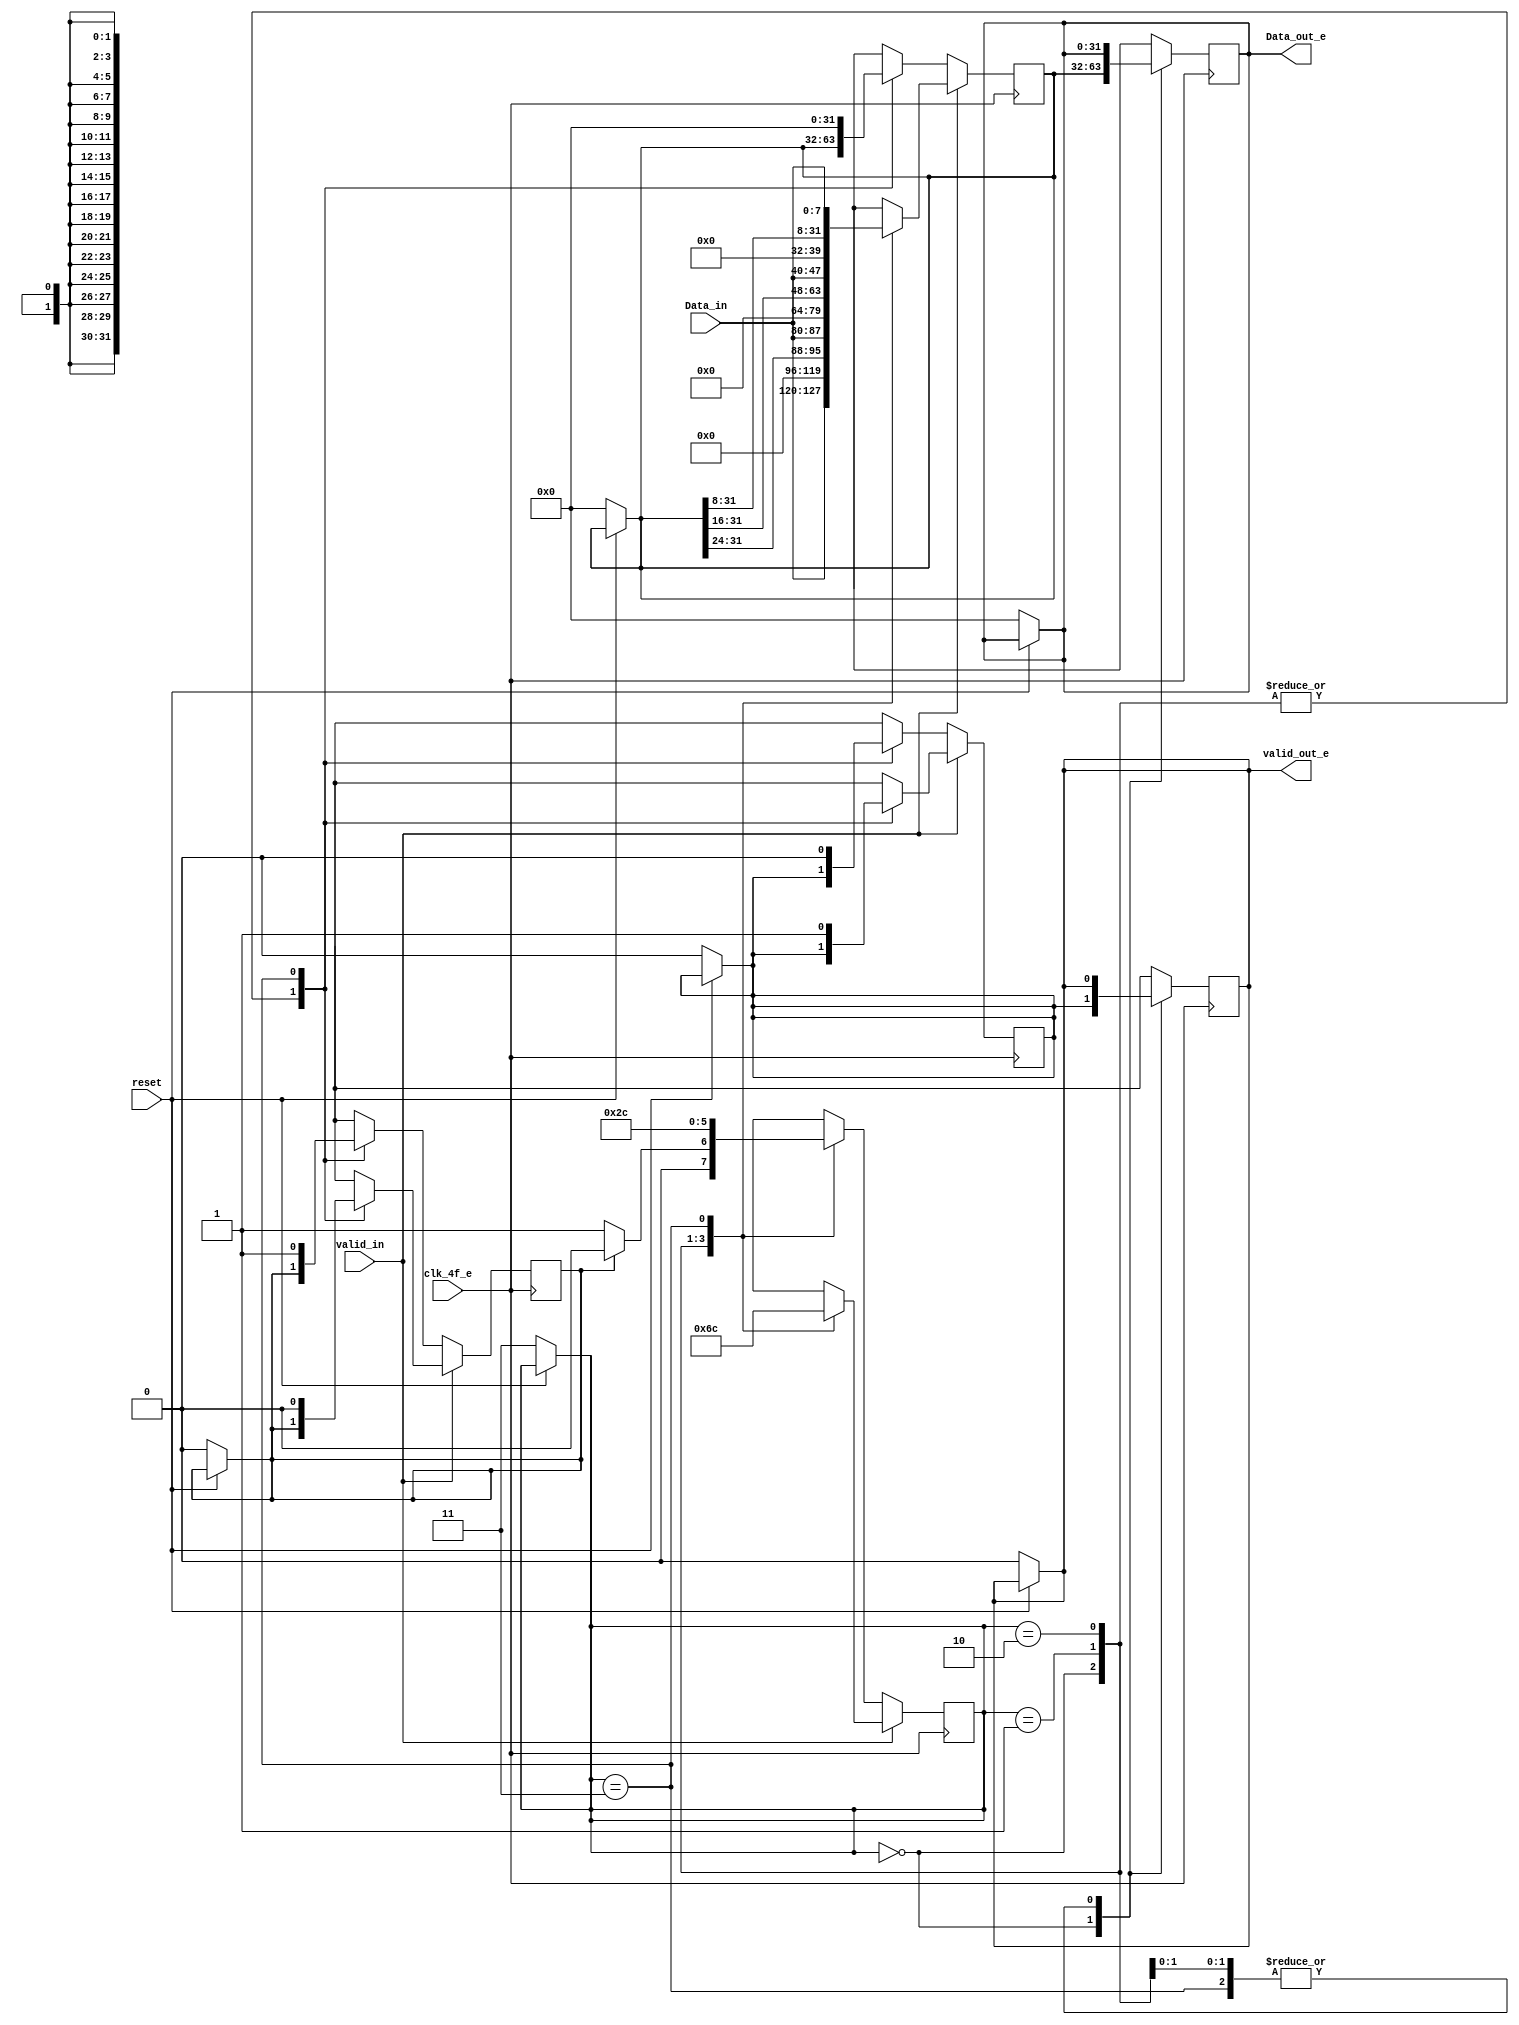
/* Generated by Yosys 0.9 (git sha1 1979e0b) */

(* src = "bits8_32word_e.v:1" *)
module bits8_32word_e(clk_4f_e, reset, valid_in, Data_in, valid_out_e, Data_out_e);
  (* src = "bits8_32word_e.v:14" *)
  reg [31:0] _00_;
  (* src = "bits8_32word_e.v:14" *)
  reg [1:0] _01_;
  (* src = "bits8_32word_e.v:14" *)
  reg _02_;
  (* src = "bits8_32word_e.v:14" *)
  reg [31:0] _03_;
  (* src = "bits8_32word_e.v:14" *)
  reg _04_;
  (* src = "bits8_32word_e.v:14" *)
  reg _05_;
  (* src = "bits8_32word_e.v:25" *)
  reg [31:0] _06_;
  (* src = "bits8_32word_e.v:25" *)
  reg [1:0] _07_;
  (* src = "bits8_32word_e.v:25" *)
  reg _08_;
  (* src = "bits8_32word_e.v:25" *)
  reg [31:0] _09_;
  (* src = "bits8_32word_e.v:25" *)
  reg _10_;
  (* src = "bits8_32word_e.v:25" *)
  reg _11_;
  (* src = "bits8_32word_e.v:15" *)
  wire _12_;
  (* src = "bits8_32word_e.v:5" *)
  input [7:0] Data_in;
  (* src = "bits8_32word_e.v:7" *)
  output [31:0] Data_out_e;
  reg [31:0] Data_out_e;
  (* src = "bits8_32word_e.v:2" *)
  input clk_4f_e;
  (* src = "bits8_32word_e.v:9" *)
  reg [1:0] contador;
  (* src = "bits8_32word_e.v:12" *)
  reg down;
  (* src = "bits8_32word_e.v:10" *)
  reg [31:0] memoria;
  (* src = "bits8_32word_e.v:3" *)
  input reset;
  (* src = "bits8_32word_e.v:11" *)
  reg valid;
  (* src = "bits8_32word_e.v:4" *)
  input valid_in;
  (* src = "bits8_32word_e.v:6" *)
  output valid_out_e;
  reg valid_out_e;
  assign _12_ = ~(* src = "bits8_32word_e.v:15" *) reset;
  always @* begin
    _01_ = contador;
    _05_ = valid_out_e;
    _00_ = Data_out_e;
    _04_ = valid;
    _02_ = down;
    _03_ = memoria;
    (* src = "bits8_32word_e.v:15" *)
    casez (_12_)
      /* src = "bits8_32word_e.v:15" */
      1'h1:
        begin
          _05_ = 1'h0;
          _00_ = 32'd0;
          _01_ = 2'h3;
          _03_ = 32'd0;
          _04_ = 1'h0;
          _02_ = 1'h0;
        end
      default:
          /* empty */;
    endcase
  end
  always @* begin
      contador <= _01_;
      valid_out_e <= _05_;
      Data_out_e <= _00_;
      valid <= _04_;
      down <= _02_;
      memoria <= _03_;
  end
  always @* begin
    _07_ = contador;
    _11_ = valid_out_e;
    _06_ = Data_out_e;
    _10_ = valid;
    _08_ = down;
    _09_ = memoria;
    (* src = "bits8_32word_e.v:26" *)
    casez (valid_in)
      /* src = "bits8_32word_e.v:26" */
      1'h1:
          (* src = "bits8_32word_e.v:27" *)
          casez (contador)
            /* src = "bits8_32word_e.v:28" */
            2'h0:
              begin
                _11_ = valid;
                _06_ = memoria;
                _09_ = { Data_in, 24'h000000 };
                _07_ = 2'h1;
              end
            /* src = "bits8_32word_e.v:35" */
            2'h1:
              begin
                _09_ = { memoria[31:24], Data_in, 16'h0000 };
                _07_ = 2'h2;
              end
            /* src = "bits8_32word_e.v:40" */
            2'h2:
              begin
                _09_ = { memoria[31:16], Data_in, 8'h00 };
                _07_ = 2'h3;
              end
            /* src = "bits8_32word_e.v:45" */
            2'h3:
              begin
                _09_ = { memoria[31:8], Data_in };
                _10_ = 1'h1;
                _07_ = 2'h0;
                _08_ = 1'h0;
              end
            default:
                /* empty */;
          endcase
      /* src = "bits8_32word_e.v:54" */
      default:
          (* src = "bits8_32word_e.v:55" *)
          casez (contador)
            /* src = "bits8_32word_e.v:56" */
            2'h0:
              begin
                _11_ = valid;
                _06_ = memoria;
                (* src = "bits8_32word_e.v:60" *)
                casez (down)
                  /* src = "bits8_32word_e.v:60" */
                  1'h1:
                      _07_ = 2'h0;
                  /* src = "bits8_32word_e.v:61" */
                  default:
                      _07_ = 2'h1;
                endcase
              end
            /* src = "bits8_32word_e.v:63" */
            2'h1:
                _07_ = 2'h2;
            /* src = "bits8_32word_e.v:64" */
            2'h2:
                _07_ = 2'h3;
            /* src = "bits8_32word_e.v:65" */
            2'h3:
              begin
                _09_ = 32'd0;
                _10_ = 1'h0;
                _07_ = 2'h0;
                _08_ = 1'h1;
              end
            default:
                /* empty */;
          endcase
    endcase
  end
  always @(posedge clk_4f_e) begin
      contador <= _07_;
      valid_out_e <= _11_;
      Data_out_e <= _06_;
      valid <= _10_;
      down <= _08_;
      memoria <= _09_;
  end
endmodule

(* src = "byte_striping_e.v:1" *)
module byte_striping_e(clk_2f_e, reset, valid_in, Data_in, valid_0_c, lane_0_c, valid_1_c, lane_1_c);
  (* src = "byte_striping_e.v:13" *)
  reg _00_;
  (* src = "byte_striping_e.v:13" *)
  reg [31:0] _01_;
  (* src = "byte_striping_e.v:13" *)
  reg [31:0] _02_;
  (* src = "byte_striping_e.v:13" *)
  reg _03_;
  (* src = "byte_striping_e.v:13" *)
  reg _04_;
  (* src = "byte_striping_e.v:23" *)
  reg _05_;
  (* src = "byte_striping_e.v:23" *)
  reg [31:0] _06_;
  (* src = "byte_striping_e.v:23" *)
  reg [31:0] _07_;
  (* src = "byte_striping_e.v:23" *)
  reg _08_;
  (* src = "byte_striping_e.v:23" *)
  reg _09_;
  (* src = "byte_striping_e.v:14" *)
  wire _10_;
  (* src = "byte_striping_e.v:43" *)
  wire _11_;
  (* src = "byte_striping_e.v:5" *)
  input [31:0] Data_in;
  (* src = "byte_striping_e.v:2" *)
  input clk_2f_e;
  (* src = "byte_striping_e.v:11" *)
  reg contador;
  (* src = "byte_striping_e.v:7" *)
  output [31:0] lane_0_c;
  reg [31:0] lane_0_c;
  (* src = "byte_striping_e.v:9" *)
  output [31:0] lane_1_c;
  reg [31:0] lane_1_c;
  (* src = "byte_striping_e.v:3" *)
  input reset;
  (* src = "byte_striping_e.v:6" *)
  output valid_0_c;
  reg valid_0_c;
  (* src = "byte_striping_e.v:8" *)
  output valid_1_c;
  reg valid_1_c;
  (* src = "byte_striping_e.v:4" *)
  input valid_in;
  assign _10_ = ~(* src = "byte_striping_e.v:14" *) reset;
  assign _11_ = ~(* src = "byte_striping_e.v:43" *) valid_0_c;
  always @* begin
    _04_ = valid_1_c;
    _02_ = lane_1_c;
    _00_ = contador;
    _03_ = valid_0_c;
    _01_ = lane_0_c;
    (* src = "byte_striping_e.v:14" *)
    casez (_10_)
      /* src = "byte_striping_e.v:14" */
      1'h1:
        begin
          _03_ = 1'h0;
          _01_ = 32'd0;
          _04_ = 1'h0;
          _02_ = 32'd0;
          _00_ = 1'h0;
        end
      default:
          /* empty */;
    endcase
  end
  always @* begin
      valid_1_c <= _04_;
      lane_1_c <= _02_;
      contador <= _00_;
      valid_0_c <= _03_;
      lane_0_c <= _01_;
  end
  always @* begin
    _09_ = valid_1_c;
    _07_ = lane_1_c;
    _05_ = contador;
    _08_ = valid_0_c;
    _06_ = lane_0_c;
    (* src = "byte_striping_e.v:24" *)
    casez (valid_in)
      /* src = "byte_striping_e.v:24" */
      1'h1:
          (* src = "byte_striping_e.v:25" *)
          casez (contador)
            /* src = "byte_striping_e.v:26" */
            1'h0:
              begin
                _05_ = 1'h1;
                _06_ = Data_in;
                _08_ = 1'h1;
              end
            /* src = "byte_striping_e.v:32" */
            1'h1:
              begin
                _05_ = 1'h0;
                _07_ = Data_in;
                _09_ = 1'h1;
              end
            default:
                /* empty */;
          endcase
      /* src = "byte_striping_e.v:40" */
      default:
        begin
          _08_ = 1'h0;
          _06_ = 32'd0;
          (* src = "byte_striping_e.v:43" *)
          casez (_11_)
            /* src = "byte_striping_e.v:43" */
            1'h1:
              begin
                _07_ = 32'd0;
                _09_ = 1'h0;
              end
            default:
                /* empty */;
          endcase
        end
    endcase
  end
  always @(posedge clk_2f_e) begin
      valid_1_c <= _09_;
      lane_1_c <= _07_;
      contador <= _05_;
      valid_0_c <= _08_;
      lane_0_c <= _06_;
  end
endmodule

(* src = "byte_un_striping_e.v:1" *)
module byte_un_striping_e(clk_2f_e, reset, valid_0, lane_0, valid_1, lane_1, valid_out_e, Data_out_e);
  (* src = "byte_un_striping_e.v:13" *)
  reg [31:0] _0_;
  (* src = "byte_un_striping_e.v:13" *)
  reg _1_;
  (* src = "byte_un_striping_e.v:13" *)
  reg _2_;
  (* src = "byte_un_striping_e.v:21" *)
  reg [31:0] _3_;
  (* src = "byte_un_striping_e.v:21" *)
  reg _4_;
  (* src = "byte_un_striping_e.v:21" *)
  reg _5_;
  (* src = "byte_un_striping_e.v:14" *)
  wire _6_;
  (* src = "byte_un_striping_e.v:9" *)
  output [31:0] Data_out_e;
  reg [31:0] Data_out_e;
  (* src = "byte_un_striping_e.v:2" *)
  input clk_2f_e;
  (* src = "byte_un_striping_e.v:11" *)
  reg contador;
  (* src = "byte_un_striping_e.v:5" *)
  input [31:0] lane_0;
  (* src = "byte_un_striping_e.v:7" *)
  input [31:0] lane_1;
  (* src = "byte_un_striping_e.v:3" *)
  input reset;
  (* src = "byte_un_striping_e.v:4" *)
  input valid_0;
  (* src = "byte_un_striping_e.v:6" *)
  input valid_1;
  (* src = "byte_un_striping_e.v:8" *)
  output valid_out_e;
  reg valid_out_e;
  assign _6_ = ~(* src = "byte_un_striping_e.v:14" *) reset;
  always @* begin
    _1_ = contador;
    _2_ = valid_out_e;
    _0_ = Data_out_e;
    (* src = "byte_un_striping_e.v:14" *)
    casez (_6_)
      /* src = "byte_un_striping_e.v:14" */
      1'h1:
        begin
          _2_ = 1'h0;
          _0_ = 32'd0;
          _1_ = 1'h1;
        end
      default:
          /* empty */;
    endcase
  end
  always @* begin
      contador <= _1_;
      valid_out_e <= _2_;
      Data_out_e <= _0_;
  end
  always @* begin
    _4_ = contador;
    _5_ = valid_out_e;
    _3_ = Data_out_e;
    (* src = "byte_un_striping_e.v:22" *)
    casez (contador)
      /* src = "byte_un_striping_e.v:23" */
      1'h0:
          (* src = "byte_un_striping_e.v:25" *)
          casez (valid_0)
            /* src = "byte_un_striping_e.v:25" */
            1'h1:
              begin
                _4_ = 1'h1;
                _5_ = 1'h1;
                _3_ = lane_0;
              end
            /* src = "byte_un_striping_e.v:30" */
            default:
              begin
                _4_ = 1'h1;
                _5_ = 1'h0;
                _3_ = 32'd0;
              end
          endcase
      /* src = "byte_un_striping_e.v:36" */
      1'h1:
          (* src = "byte_un_striping_e.v:38" *)
          casez (valid_1)
            /* src = "byte_un_striping_e.v:38" */
            1'h1:
              begin
                _4_ = 1'h0;
                _5_ = 1'h1;
                _3_ = lane_1;
              end
            /* src = "byte_un_striping_e.v:43" */
            default:
              begin
                _4_ = 1'h0;
                _5_ = 1'h0;
                _3_ = 32'd0;
              end
          endcase
      default:
          /* empty */;
    endcase
  end
  always @(posedge clk_2f_e) begin
      contador <= _4_;
      valid_out_e <= _5_;
      Data_out_e <= _3_;
  end
endmodule

(* src = "clk_generator_e.v:1" *)
module clk_generator_e(clk_32f, reset, clk_4f_e, clk_2f_e, clk_f_c);
  (* src = "clk_generator_e.v:12" *)
  reg _00_;
  (* src = "clk_generator_e.v:12" *)
  reg _01_;
  (* src = "clk_generator_e.v:12" *)
  reg _02_;
  (* src = "clk_generator_e.v:12" *)
  reg [3:0] _03_;
  (* src = "clk_generator_e.v:12" *)
  reg [2:0] _04_;
  (* src = "clk_generator_e.v:12" *)
  reg [1:0] _05_;
  (* src = "clk_generator_e.v:23" *)
  reg _06_;
  (* src = "clk_generator_e.v:23" *)
  reg _07_;
  (* src = "clk_generator_e.v:23" *)
  reg _08_;
  (* src = "clk_generator_e.v:23" *)
  reg [3:0] _09_;
  (* src = "clk_generator_e.v:23" *)
  reg [2:0] _10_;
  (* src = "clk_generator_e.v:23" *)
  reg [1:0] _11_;
  (* src = "clk_generator_e.v:13" *)
  wire _12_;
  (* src = "clk_generator_e.v:5" *)
  output clk_2f_e;
  reg clk_2f_e;
  (* src = "clk_generator_e.v:2" *)
  input clk_32f;
  (* src = "clk_generator_e.v:4" *)
  output clk_4f_e;
  reg clk_4f_e;
  (* src = "clk_generator_e.v:6" *)
  output clk_f_c;
  reg clk_f_c;
  (* src = "clk_generator_e.v:10" *)
  reg [3:0] conteo;
  (* src = "clk_generator_e.v:9" *)
  reg [2:0] conteo_2;
  (* src = "clk_generator_e.v:8" *)
  reg [1:0] conteo_4;
  (* src = "clk_generator_e.v:3" *)
  input reset;
  assign _12_ = ~(* src = "clk_generator_e.v:13" *) reset;
  always @* begin
    _00_ = clk_2f_e;
    _01_ = clk_4f_e;
    _02_ = clk_f_c;
    _05_ = conteo_4;
    _04_ = conteo_2;
    _03_ = conteo;
    (* src = "clk_generator_e.v:13" *)
    casez (_12_)
      /* src = "clk_generator_e.v:13" */
      1'h1:
        begin
          _05_ = 2'h3;
          _04_ = 3'h7;
          _03_ = 4'hf;
          _01_ = 1'h0;
          _00_ = 1'h0;
          _02_ = 1'h0;
        end
      default:
          /* empty */;
    endcase
  end
  always @* begin
      clk_2f_e <= _00_;
      clk_4f_e <= _01_;
      clk_f_c <= _02_;
      conteo_4 <= _05_;
      conteo_2 <= _04_;
      conteo <= _03_;
  end
  always @* begin
    _06_ = clk_2f_e;
    _07_ = clk_4f_e;
    _08_ = clk_f_c;
    _11_ = conteo_4;
    _10_ = conteo_2;
    _09_ = conteo;
    (* src = "clk_generator_e.v:24" *)
    casez (conteo_4)
      /* src = "clk_generator_e.v:25" */
      2'h0:
          _11_ = 2'h1;
      /* src = "clk_generator_e.v:26" */
      2'h1:
          _11_ = 2'h2;
      /* src = "clk_generator_e.v:27" */
      2'h2:
          _11_ = 2'h3;
      /* src = "clk_generator_e.v:28" */
      2'h3:
        begin
          _11_ = 2'h0;
          (* src = "clk_generator_e.v:31" *)
          casez (clk_4f_e)
            /* src = "clk_generator_e.v:32" */
            1'h0:
                _07_ = 1'h1;
            /* src = "clk_generator_e.v:33" */
            1'h1:
                _07_ = 1'h0;
            default:
                /* empty */;
          endcase
        end
      default:
          /* empty */;
    endcase
    (* src = "clk_generator_e.v:37" *)
    casez (conteo_2)
      /* src = "clk_generator_e.v:38" */
      3'h0:
          _10_ = 3'h1;
      /* src = "clk_generator_e.v:39" */
      3'h1:
          _10_ = 3'h2;
      /* src = "clk_generator_e.v:40" */
      3'h2:
          _10_ = 3'h3;
      /* src = "clk_generator_e.v:41" */
      3'h3:
          _10_ = 3'h4;
      /* src = "clk_generator_e.v:42" */
      3'h4:
          _10_ = 3'h5;
      /* src = "clk_generator_e.v:43" */
      3'h5:
          _10_ = 3'h6;
      /* src = "clk_generator_e.v:44" */
      3'h6:
          _10_ = 3'h7;
      /* src = "clk_generator_e.v:45" */
      3'h7:
        begin
          _10_ = 3'h0;
          (* src = "clk_generator_e.v:48" *)
          casez (clk_2f_e)
            /* src = "clk_generator_e.v:49" */
            1'h0:
                _06_ = 1'h1;
            /* src = "clk_generator_e.v:50" */
            1'h1:
                _06_ = 1'h0;
            default:
                /* empty */;
          endcase
        end
      default:
          /* empty */;
    endcase
    (* src = "clk_generator_e.v:54" *)
    casez (conteo)
      /* src = "clk_generator_e.v:55" */
      4'h0:
          _09_ = 4'h1;
      /* src = "clk_generator_e.v:56" */
      4'h1:
          _09_ = 4'h2;
      /* src = "clk_generator_e.v:57" */
      4'h2:
          _09_ = 4'h3;
      /* src = "clk_generator_e.v:58" */
      4'h3:
          _09_ = 4'h4;
      /* src = "clk_generator_e.v:59" */
      4'h4:
          _09_ = 4'h5;
      /* src = "clk_generator_e.v:60" */
      4'h5:
          _09_ = 4'h6;
      /* src = "clk_generator_e.v:61" */
      4'h6:
          _09_ = 4'h7;
      /* src = "clk_generator_e.v:62" */
      4'h7:
          _09_ = 4'h8;
      /* src = "clk_generator_e.v:63" */
      4'h8:
          _09_ = 4'h9;
      /* src = "clk_generator_e.v:64" */
      4'h9:
          _09_ = 4'ha;
      /* src = "clk_generator_e.v:65" */
      4'ha:
          _09_ = 4'hb;
      /* src = "clk_generator_e.v:66" */
      4'hb:
          _09_ = 4'hc;
      /* src = "clk_generator_e.v:67" */
      4'hc:
          _09_ = 4'hd;
      /* src = "clk_generator_e.v:68" */
      4'hd:
          _09_ = 4'he;
      /* src = "clk_generator_e.v:69" */
      4'he:
          _09_ = 4'hf;
      /* src = "clk_generator_e.v:70" */
      4'hf:
        begin
          _09_ = 4'h0;
          (* src = "clk_generator_e.v:73" *)
          casez (clk_f_c)
            /* src = "clk_generator_e.v:74" */
            1'h0:
                _08_ = 1'h1;
            /* src = "clk_generator_e.v:75" */
            1'h1:
                _08_ = 1'h0;
            default:
                /* empty */;
          endcase
        end
      default:
          /* empty */;
    endcase
  end
  always @(posedge clk_32f) begin
      clk_2f_e <= _06_;
      clk_4f_e <= _07_;
      clk_f_c <= _08_;
      conteo_4 <= _11_;
      conteo_2 <= _10_;
      conteo <= _09_;
  end
endmodule

(* src = "parallel_serial_e.v:1" *)
module parallel_serial_e(clk_32f, reset, valid_in, Data_in, Data_out_e);
  (* src = "parallel_serial_e.v:11" *)
  reg _0_;
  (* src = "parallel_serial_e.v:11" *)
  reg [2:0] _1_;
  (* src = "parallel_serial_e.v:11" *)
  reg [7:0] _2_;
  (* src = "parallel_serial_e.v:19" *)
  reg _3_;
  (* src = "parallel_serial_e.v:19" *)
  reg [2:0] _4_;
  (* src = "parallel_serial_e.v:19" *)
  reg [7:0] _5_;
  (* src = "parallel_serial_e.v:12" *)
  wire _6_;
  (* src = "parallel_serial_e.v:5" *)
  input [7:0] Data_in;
  (* src = "parallel_serial_e.v:6" *)
  output Data_out_e;
  reg Data_out_e;
  (* src = "parallel_serial_e.v:2" *)
  input clk_32f;
  (* src = "parallel_serial_e.v:9" *)
  reg [2:0] contador;
  (* src = "parallel_serial_e.v:8" *)
  reg [7:0] data2send;
  (* src = "parallel_serial_e.v:3" *)
  input reset;
  (* src = "parallel_serial_e.v:4" *)
  input valid_in;
  assign _6_ = ~(* src = "parallel_serial_e.v:12" *) reset;
  always @* begin
    _1_ = contador;
    _0_ = Data_out_e;
    _2_ = data2send;
    (* src = "parallel_serial_e.v:12" *)
    casez (_6_)
      /* src = "parallel_serial_e.v:12" */
      1'h1:
        begin
          _0_ = 1'h0;
          _2_ = 8'hbc;
          _1_ = 3'h0;
        end
      default:
          /* empty */;
    endcase
  end
  always @* begin
      contador <= _1_;
      Data_out_e <= _0_;
      data2send <= _2_;
  end
  always @* begin
    _4_ = contador;
    _3_ = Data_out_e;
    _5_ = data2send;
    (* src = "parallel_serial_e.v:20" *)
    casez (contador)
      /* src = "parallel_serial_e.v:21" */
      3'h0:
        begin
          _3_ = data2send[7];
          _4_ = 3'h1;
        end
      /* src = "parallel_serial_e.v:26" */
      3'h1:
        begin
          _3_ = data2send[6];
          _4_ = 3'h2;
        end
      /* src = "parallel_serial_e.v:31" */
      3'h2:
        begin
          _3_ = data2send[5];
          _4_ = 3'h3;
        end
      /* src = "parallel_serial_e.v:36" */
      3'h3:
        begin
          _3_ = data2send[4];
          _4_ = 3'h4;
        end
      /* src = "parallel_serial_e.v:41" */
      3'h4:
        begin
          _3_ = data2send[3];
          _4_ = 3'h5;
        end
      /* src = "parallel_serial_e.v:46" */
      3'h5:
        begin
          _3_ = data2send[2];
          _4_ = 3'h6;
        end
      /* src = "parallel_serial_e.v:51" */
      3'h6:
        begin
          _3_ = data2send[1];
          _4_ = 3'h7;
        end
      /* src = "parallel_serial_e.v:56" */
      3'h7:
        begin
          _3_ = data2send[0];
          _4_ = 3'h0;
          (* src = "parallel_serial_e.v:60" *)
          casez (valid_in)
            /* src = "parallel_serial_e.v:60" */
            1'h1:
                _5_ = Data_in;
            /* src = "parallel_serial_e.v:61" */
            default:
                _5_ = 8'hbc;
          endcase
        end
      default:
          /* empty */;
    endcase
  end
  always @(posedge clk_32f) begin
      contador <= _4_;
      Data_out_e <= _3_;
      data2send <= _5_;
  end
endmodule

(* top =  1  *)
(* src = "phy_e.v:5" *)
module phy_e(clk_32f, reset, valid_in, Data_in, valid_out_e, Data_out_e);
  (* src = "phy_e.v:53" *)
  reg [31:0] _0_;
  (* src = "phy_e.v:53" *)
  reg _1_;
  (* src = "phy_e.v:16" *)
  wire [31:0] Data;
  (* src = "phy_e.v:9" *)
  input [31:0] Data_in;
  (* src = "phy_e.v:14" *)
  wire Data_out_1bit_0_c;
  (* src = "phy_e.v:15" *)
  wire Data_out_1bit_1_c;
  (* src = "phy_e.v:11" *)
  output [31:0] Data_out_e;
  reg [31:0] Data_out_e;
  (* src = "phy_e.v:26" *)
  wire clk_2f_e;
  (* src = "phy_e.v:6" *)
  input clk_32f;
  (* src = "phy_e.v:27" *)
  wire clk_4f_e;
  (* src = "phy_e.v:36" *)
  wire clk_f_c;
  (* src = "phy_e.v:7" *)
  input reset;
  (* src = "phy_e.v:17" *)
  wire valid;
  (* src = "phy_e.v:8" *)
  input valid_in;
  (* src = "phy_e.v:10" *)
  output valid_out_e;
  reg valid_out_e;
  (* module_not_derived = 32'd1 *)
  (* src = "phy_e.v:32" *)
  clk_generator_e clk_generador (
    .clk_2f_e(clk_2f_e),
    .clk_32f(clk_32f),
    .clk_4f_e(clk_4f_e),
    .clk_f_c(clk_f_c),
    .reset(reset)
  );
  (* module_not_derived = 32'd1 *)
  (* src = "phy_e.v:41" *)
  phy_rx_e phy_rx_c00 (
    .Data_in_0(Data_out_1bit_0_c),
    .Data_in_1(Data_out_1bit_1_c),
    .Data_out_e(Data),
    .clk_2f_e(clk_2f_e),
    .clk_32f(clk_32f),
    .clk_4f_e(clk_4f_e),
    .reset(reset),
    .valid_out_e(valid)
  );
  (* module_not_derived = 32'd1 *)
  (* src = "phy_e.v:19" *)
  phy_tx_e phy_tx_c00 (
    .Data_in(Data_in),
    .Data_out_1bit_0_c(Data_out_1bit_0_c),
    .Data_out_1bit_1_c(Data_out_1bit_1_c),
    .clk_2f_e(clk_2f_e),
    .clk_32f(clk_32f),
    .clk_4f_e(clk_4f_e),
    .reset(reset),
    .valid_in(valid_in)
  );
  always @* begin
    _1_ = valid;
    _0_ = Data;
  end
  always @* begin
      valid_out_e <= _1_;
      Data_out_e <= _0_;
  end
endmodule

(* src = "phy_rx_e.v:5" *)
module phy_rx_e(clk_32f, clk_2f_e, clk_4f_e, reset, Data_in_0, Data_in_1, valid_out_e, Data_out_e);
  (* src = "phy_rx_e.v:30" *)
  reg [31:0] _0_;
  (* src = "phy_rx_e.v:30" *)
  reg _1_;
  (* src = "phy_rx_e.v:28" *)
  wire [31:0] Data_c;
  (* src = "phy_rx_e.v:10" *)
  input Data_in_0;
  (* src = "phy_rx_e.v:11" *)
  input Data_in_1;
  (* src = "phy_rx_e.v:24" *)
  wire [7:0] Data_out_0_c;
  (* src = "phy_rx_e.v:26" *)
  wire [7:0] Data_out_1_c;
  (* src = "phy_rx_e.v:13" *)
  output [31:0] Data_out_e;
  reg [31:0] Data_out_e;
  (* src = "phy_rx_e.v:7" *)
  input clk_2f_e;
  (* src = "phy_rx_e.v:6" *)
  input clk_32f;
  (* src = "phy_rx_e.v:8" *)
  input clk_4f_e;
  (* src = "phy_rx_e.v:20" *)
  wire [31:0] lane_0_c;
  (* src = "phy_rx_e.v:22" *)
  wire [31:0] lane_1_c;
  (* src = "phy_rx_e.v:9" *)
  input reset;
  (* src = "phy_rx_e.v:19" *)
  wire valid_0_c;
  (* src = "phy_rx_e.v:21" *)
  wire valid_1_c;
  (* src = "phy_rx_e.v:27" *)
  wire valid_c;
  (* src = "phy_rx_e.v:23" *)
  wire valid_out_0_c;
  (* src = "phy_rx_e.v:25" *)
  wire valid_out_1_c;
  (* src = "phy_rx_e.v:12" *)
  output valid_out_e;
  reg valid_out_e;
  (* module_not_derived = 32'd1 *)
  (* src = "phy_rx_e.v:53" *)
  bits8_32word_e bits8_32word_1 (
    .Data_in(Data_out_0_c),
    .Data_out_e(lane_0_c),
    .clk_4f_e(clk_4f_e),
    .reset(reset),
    .valid_in(valid_out_0_c),
    .valid_out_e(valid_0_c)
  );
  (* module_not_derived = 32'd1 *)
  (* src = "phy_rx_e.v:63" *)
  bits8_32word_e bits8_32word_2 (
    .Data_in(Data_out_1_c),
    .Data_out_e(lane_1_c),
    .clk_4f_e(clk_4f_e),
    .reset(reset),
    .valid_in(valid_out_1_c),
    .valid_out_e(valid_1_c)
  );
  (* module_not_derived = 32'd1 *)
  (* src = "phy_rx_e.v:73" *)
  byte_un_striping_e byte_un_striping_1 (
    .Data_out_e(Data_c),
    .clk_2f_e(clk_2f_e),
    .lane_0(lane_0_c),
    .lane_1(lane_1_c),
    .reset(reset),
    .valid_0(valid_0_c),
    .valid_1(valid_1_c),
    .valid_out_e(valid_c)
  );
  (* module_not_derived = 32'd1 *)
  (* src = "phy_rx_e.v:35" *)
  serial_parallel_e serial_parallel_1 (
    .Data_in(Data_in_0),
    .Data_out_e(Data_out_0_c),
    .clk_32f(clk_32f),
    .reset(reset),
    .valid_out_e(valid_out_0_c)
  );
  (* module_not_derived = 32'd1 *)
  (* src = "phy_rx_e.v:44" *)
  serial_parallel_e serial_parallel_2 (
    .Data_in(Data_in_1),
    .Data_out_e(Data_out_1_c),
    .clk_32f(clk_32f),
    .reset(reset),
    .valid_out_e(valid_out_1_c)
  );
  always @* begin
    _1_ = valid_c;
    _0_ = Data_c;
  end
  always @* begin
      valid_out_e <= _1_;
      Data_out_e <= _0_;
  end
endmodule

(* src = "phy_tx_e.v:5" *)
module phy_tx_e(clk_32f, clk_2f_e, clk_4f_e, reset, valid_in, Data_in, Data_out_1bit_0_c, Data_out_1bit_1_c);
  (* src = "phy_tx_e.v:30" *)
  reg _0_;
  (* src = "phy_tx_e.v:30" *)
  reg _1_;
  (* src = "phy_tx_e.v:11" *)
  input [31:0] Data_in;
  (* src = "phy_tx_e.v:24" *)
  wire [7:0] Data_out_0_c;
  (* src = "phy_tx_e.v:26" *)
  wire [7:0] Data_out_1_c;
  (* src = "phy_tx_e.v:12" *)
  output Data_out_1bit_0_c;
  reg Data_out_1bit_0_c;
  (* src = "phy_tx_e.v:13" *)
  output Data_out_1bit_1_c;
  reg Data_out_1bit_1_c;
  (* src = "phy_tx_e.v:27" *)
  wire Out_0_c;
  (* src = "phy_tx_e.v:28" *)
  wire Out_1_c;
  (* src = "phy_tx_e.v:7" *)
  input clk_2f_e;
  (* src = "phy_tx_e.v:6" *)
  input clk_32f;
  (* src = "phy_tx_e.v:8" *)
  input clk_4f_e;
  (* src = "phy_tx_e.v:20" *)
  wire [31:0] lane_0_c;
  (* src = "phy_tx_e.v:22" *)
  wire [31:0] lane_1_c;
  (* src = "phy_tx_e.v:9" *)
  input reset;
  (* src = "phy_tx_e.v:19" *)
  wire valid_0_c;
  (* src = "phy_tx_e.v:21" *)
  wire valid_1_c;
  (* src = "phy_tx_e.v:10" *)
  input valid_in;
  (* src = "phy_tx_e.v:23" *)
  wire valid_out_0_c;
  (* src = "phy_tx_e.v:25" *)
  wire valid_out_1_c;
  (* module_not_derived = 32'd1 *)
  (* src = "phy_tx_e.v:35" *)
  byte_striping_e byte_striping_1 (
    .Data_in(Data_in),
    .clk_2f_e(clk_2f_e),
    .lane_0_c(lane_0_c),
    .lane_1_c(lane_1_c),
    .reset(reset),
    .valid_0_c(valid_0_c),
    .valid_1_c(valid_1_c),
    .valid_in(valid_in)
  );
  (* module_not_derived = 32'd1 *)
  (* src = "phy_tx_e.v:70" *)
  parallel_serial_e parallel_serial_e1 (
    .Data_in(Data_out_0_c),
    .Data_out_e(Out_0_c),
    .clk_32f(clk_32f),
    .reset(reset),
    .valid_in(valid_out_0_c)
  );
  (* module_not_derived = 32'd1 *)
  (* src = "phy_tx_e.v:80" *)
  parallel_serial_e parallel_serial_e2 (
    .Data_in(Data_out_1_c),
    .Data_out_e(Out_1_c),
    .clk_32f(clk_32f),
    .reset(reset),
    .valid_in(valid_out_1_c)
  );
  (* module_not_derived = 32'd1 *)
  (* src = "phy_tx_e.v:48" *)
  word32_8bits_e word32_8bits_1 (
    .Data_in(lane_0_c),
    .Data_out_e(Data_out_0_c),
    .clk_4f_e(clk_4f_e),
    .reset(reset),
    .valid_in(valid_0_c),
    .valid_out_e(valid_out_0_c)
  );
  (* module_not_derived = 32'd1 *)
  (* src = "phy_tx_e.v:59" *)
  word32_8bits_e word32_8bits_2 (
    .Data_in(lane_1_c),
    .Data_out_e(Data_out_1_c),
    .clk_4f_e(clk_4f_e),
    .reset(reset),
    .valid_in(valid_1_c),
    .valid_out_e(valid_out_1_c)
  );
  always @* begin
    _0_ = Out_0_c;
    _1_ = Out_1_c;
  end
  always @* begin
      Data_out_1bit_0_c <= _0_;
      Data_out_1bit_1_c <= _1_;
  end
endmodule

(* src = "serial_parallel_e.v:1" *)
module serial_parallel_e(clk_32f, reset, Data_in, valid_out_e, Data_out_e);
  (* src = "serial_parallel_e.v:13" *)
  reg [1:0] _00_;
  (* src = "serial_parallel_e.v:13" *)
  reg [7:0] _01_;
  (* src = "serial_parallel_e.v:13" *)
  reg _02_;
  (* src = "serial_parallel_e.v:13" *)
  reg [2:0] _03_;
  (* src = "serial_parallel_e.v:13" *)
  reg [7:0] _04_;
  (* src = "serial_parallel_e.v:13" *)
  reg _05_;
  (* src = "serial_parallel_e.v:24" *)
  reg [1:0] _06_;
  (* src = "serial_parallel_e.v:24" *)
  reg [7:0] _07_;
  (* src = "serial_parallel_e.v:24" *)
  reg _08_;
  (* src = "serial_parallel_e.v:24" *)
  reg [2:0] _09_;
  (* src = "serial_parallel_e.v:24" *)
  reg [7:0] _10_;
  (* src = "serial_parallel_e.v:24" *)
  reg _11_;
  wire [3:0] _12_;
  wire [1:0] _13_;
  wire _14_;
  wire [7:0] _15_;
  wire _16_;
  (* src = "serial_parallel_e.v:14" *)
  wire _17_;
  (* src = "serial_parallel_e.v:29" *)
  wire _18_;
  (* src = "serial_parallel_e.v:81" *)
  wire _19_;
  (* src = "serial_parallel_e.v:10" *)
  reg [1:0] BC_count;
  (* src = "serial_parallel_e.v:4" *)
  input Data_in;
  (* src = "serial_parallel_e.v:6" *)
  output [7:0] Data_out_e;
  reg [7:0] Data_out_e;
  (* src = "serial_parallel_e.v:11" *)
  reg active;
  (* src = "serial_parallel_e.v:2" *)
  input clk_32f;
  (* src = "serial_parallel_e.v:9" *)
  reg [2:0] contador;
  (* src = "serial_parallel_e.v:8" *)
  reg [7:0] memoria;
  (* src = "serial_parallel_e.v:3" *)
  input reset;
  (* src = "serial_parallel_e.v:5" *)
  output valid_out_e;
  reg valid_out_e;
  assign _16_ = _13_[0] |(* src = "serial_parallel_e.v:81" *)  _13_[1];
  assign _12_[0] = _15_[0] |(* src = "serial_parallel_e.v:81" *)  _15_[1];
  assign _12_[1] = _15_[2] |(* src = "serial_parallel_e.v:81" *)  _15_[3];
  assign _12_[2] = _15_[4] |(* src = "serial_parallel_e.v:81" *)  _15_[5];
  assign _12_[3] = _15_[6] |(* src = "serial_parallel_e.v:81" *)  _15_[7];
  assign _13_[0] = _12_[0] |(* src = "serial_parallel_e.v:81" *)  _12_[1];
  assign _13_[1] = _12_[2] |(* src = "serial_parallel_e.v:81" *)  _12_[3];
  assign _19_ = ~(* src = "serial_parallel_e.v:81" *) _16_;
  assign _17_ = ~(* src = "serial_parallel_e.v:14" *) reset;
  assign _15_[2] = memoria[2] ^(* src = "serial_parallel_e.v:81" *)  1'h1;
  assign _15_[3] = memoria[3] ^(* src = "serial_parallel_e.v:81" *)  1'h1;
  assign _15_[4] = memoria[4] ^(* src = "serial_parallel_e.v:81" *)  1'h1;
  assign _15_[5] = memoria[5] ^(* src = "serial_parallel_e.v:81" *)  1'h1;
  assign _15_[7] = memoria[7] ^(* src = "serial_parallel_e.v:81" *)  1'h1;
  always @* begin
    _03_ = contador;
    _05_ = valid_out_e;
    _01_ = Data_out_e;
    _04_ = memoria;
    _00_ = BC_count;
    _02_ = active;
    (* src = "serial_parallel_e.v:14" *)
    casez (_17_)
      /* src = "serial_parallel_e.v:14" */
      1'h1:
        begin
          _05_ = 1'h0;
          _01_ = 8'h00;
          _04_ = 8'h00;
          _03_ = 3'h7;
          _00_ = 2'h0;
          _02_ = 1'h0;
        end
      default:
          /* empty */;
    endcase
  end
  always @* begin
      contador <= _03_;
      valid_out_e <= _05_;
      Data_out_e <= _01_;
      memoria <= _04_;
      BC_count <= _00_;
      active <= _02_;
  end
  always @* begin
    _09_ = contador;
    _11_ = valid_out_e;
    _07_ = Data_out_e;
    _10_ = memoria;
    _06_ = BC_count;
    _08_ = active;
    (* src = "serial_parallel_e.v:25" *)
    casez (active)
      /* src = "serial_parallel_e.v:25" */
      1'h1:
          (* src = "serial_parallel_e.v:26" *)
          casez (contador)
            /* src = "serial_parallel_e.v:27" */
            3'h0:
              begin
                _09_ = 3'h1;
                _10_ = { Data_in, 7'h00 };
                (* src = "serial_parallel_e.v:29" *)
                casez (_18_)
                  /* src = "serial_parallel_e.v:29" */
                  1'h1:
                    begin
                      _11_ = 1'h0;
                      _07_ = 8'h00;
                    end
                  /* src = "serial_parallel_e.v:33" */
                  default:
                    begin
                      _11_ = 1'h1;
                      _07_ = memoria;
                    end
                endcase
              end
            /* src = "serial_parallel_e.v:40" */
            3'h1:
              begin
                _09_ = 3'h2;
                _10_ = { memoria[7], Data_in, 6'h00 };
              end
            /* src = "serial_parallel_e.v:45" */
            3'h2:
              begin
                _09_ = 3'h3;
                _10_ = { memoria[7:6], Data_in, 5'h00 };
              end
            /* src = "serial_parallel_e.v:50" */
            3'h3:
              begin
                _09_ = 3'h4;
                _10_ = { memoria[7:5], Data_in, 4'h0 };
              end
            /* src = "serial_parallel_e.v:55" */
            3'h4:
              begin
                _09_ = 3'h5;
                _10_ = { memoria[7:4], Data_in, 3'h0 };
              end
            /* src = "serial_parallel_e.v:60" */
            3'h5:
              begin
                _09_ = 3'h6;
                _10_ = { memoria[7:3], Data_in, 2'h0 };
              end
            /* src = "serial_parallel_e.v:65" */
            3'h6:
              begin
                _09_ = 3'h7;
                _10_ = { memoria[7:2], Data_in, 1'h0 };
              end
            /* src = "serial_parallel_e.v:70" */
            3'h7:
              begin
                _09_ = 3'h0;
                _10_ = { memoria[7:1], Data_in };
              end
            default:
                /* empty */;
          endcase
      /* src = "serial_parallel_e.v:77" */
      default:
          (* src = "serial_parallel_e.v:78" *)
          casez (contador)
            /* src = "serial_parallel_e.v:79" */
            3'h0:
              begin
                _09_ = 3'h1;
                _10_ = { Data_in, 7'h00 };
                (* src = "serial_parallel_e.v:81" *)
                casez (_19_)
                  /* src = "serial_parallel_e.v:81" */
                  1'h1:
                      (* src = "serial_parallel_e.v:82" *)
                      casez (BC_count)
                        /* src = "serial_parallel_e.v:83" */
                        2'h0:
                            _06_ = 2'h1;
                        /* src = "serial_parallel_e.v:84" */
                        2'h1:
                            _06_ = 2'h2;
                        /* src = "serial_parallel_e.v:85" */
                        2'h2:
                            _06_ = 2'h3;
                        /* src = "serial_parallel_e.v:86" */
                        2'h3:
                            _08_ = 1'h1;
                        default:
                            /* empty */;
                      endcase
                  default:
                      /* empty */;
                endcase
              end
            /* src = "serial_parallel_e.v:92" */
            3'h1:
              begin
                _09_ = 3'h2;
                _10_ = { memoria[7], Data_in, 6'h00 };
              end
            /* src = "serial_parallel_e.v:97" */
            3'h2:
              begin
                _09_ = 3'h3;
                _10_ = { memoria[7:6], Data_in, 5'h00 };
              end
            /* src = "serial_parallel_e.v:102" */
            3'h3:
              begin
                _09_ = 3'h4;
                _10_ = { memoria[7:5], Data_in, 4'h0 };
              end
            /* src = "serial_parallel_e.v:107" */
            3'h4:
              begin
                _09_ = 3'h5;
                _10_ = { memoria[7:4], Data_in, 3'h0 };
              end
            /* src = "serial_parallel_e.v:112" */
            3'h5:
              begin
                _09_ = 3'h6;
                _10_ = { memoria[7:3], Data_in, 2'h0 };
              end
            /* src = "serial_parallel_e.v:117" */
            3'h6:
              begin
                _09_ = 3'h7;
                _10_ = { memoria[7:2], Data_in, 1'h0 };
              end
            /* src = "serial_parallel_e.v:122" */
            3'h7:
              begin
                _09_ = 3'h0;
                _10_ = { memoria[7:1], Data_in };
              end
            default:
                /* empty */;
          endcase
    endcase
  end
  always @(posedge clk_32f) begin
      contador <= _09_;
      valid_out_e <= _11_;
      Data_out_e <= _07_;
      memoria <= _10_;
      BC_count <= _06_;
      active <= _08_;
  end
  assign _18_ = _19_;
  assign _15_[6] = memoria[6];
  assign _15_[0] = memoria[0];
  assign _15_[1] = memoria[1];
endmodule

(* src = "word32_8bits_e.v:1" *)
module word32_8bits_e(clk_4f_e, reset, valid_in, Data_in, valid_out_e, Data_out_e);
  (* src = "word32_8bits_e.v:11" *)
  reg [7:0] _0_;
  (* src = "word32_8bits_e.v:11" *)
  reg [1:0] _1_;
  (* src = "word32_8bits_e.v:11" *)
  reg _2_;
  (* src = "word32_8bits_e.v:19" *)
  reg [7:0] _3_;
  (* src = "word32_8bits_e.v:19" *)
  reg [1:0] _4_;
  (* src = "word32_8bits_e.v:19" *)
  reg _5_;
  (* src = "word32_8bits_e.v:12" *)
  wire _6_;
  (* src = "word32_8bits_e.v:5" *)
  input [31:0] Data_in;
  (* src = "word32_8bits_e.v:7" *)
  output [7:0] Data_out_e;
  reg [7:0] Data_out_e;
  (* src = "word32_8bits_e.v:2" *)
  input clk_4f_e;
  (* src = "word32_8bits_e.v:9" *)
  reg [1:0] contador;
  (* src = "word32_8bits_e.v:3" *)
  input reset;
  (* src = "word32_8bits_e.v:4" *)
  input valid_in;
  (* src = "word32_8bits_e.v:6" *)
  output valid_out_e;
  reg valid_out_e;
  assign _6_ = ~(* src = "word32_8bits_e.v:12" *) reset;
  always @* begin
    _1_ = contador;
    _2_ = valid_out_e;
    _0_ = Data_out_e;
    (* src = "word32_8bits_e.v:12" *)
    casez (_6_)
      /* src = "word32_8bits_e.v:12" */
      1'h1:
        begin
          _1_ = 2'h0;
          _2_ = 1'h0;
          _0_ = 8'h00;
        end
      default:
          /* empty */;
    endcase
  end
  always @* begin
      contador <= _1_;
      valid_out_e <= _2_;
      Data_out_e <= _0_;
  end
  always @* begin
    _4_ = contador;
    _5_ = valid_out_e;
    _3_ = Data_out_e;
    (* src = "word32_8bits_e.v:20" *)
    casez (valid_in)
      /* src = "word32_8bits_e.v:20" */
      1'h1:
          (* src = "word32_8bits_e.v:21" *)
          casez (contador)
            /* src = "word32_8bits_e.v:22" */
            2'h0:
              begin
                _3_ = Data_in[31:24];
                _4_ = 2'h1;
                _5_ = 1'h1;
              end
            /* src = "word32_8bits_e.v:28" */
            2'h1:
              begin
                _3_ = Data_in[23:16];
                _4_ = 2'h2;
                _5_ = 1'h1;
              end
            /* src = "word32_8bits_e.v:34" */
            2'h2:
              begin
                _3_ = Data_in[15:8];
                _4_ = 2'h3;
                _5_ = 1'h1;
              end
            /* src = "word32_8bits_e.v:40" */
            2'h3:
              begin
                _3_ = Data_in[7:0];
                _4_ = 2'h0;
                _5_ = 1'h1;
              end
            default:
                /* empty */;
          endcase
      /* src = "word32_8bits_e.v:48" */
      default:
        begin
          _4_ = 2'h0;
          _5_ = 1'h0;
          _3_ = 8'h00;
        end
    endcase
  end
  always @(posedge clk_4f_e) begin
      contador <= _4_;
      valid_out_e <= _5_;
      Data_out_e <= _3_;
  end
endmodule